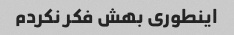
اینطوری بهش فکر نکردم